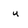
Character: u